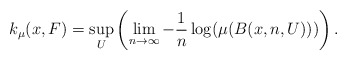
\begin{align*}k_{\mu}(x,F)=\sup_U\left(\lim_{n\rightarrow\infty}-\frac{1}{n}\log(\mu(B(x,n,U)))\right).\end{align*}